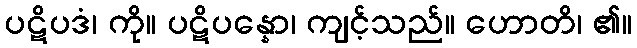
ပဋိပဒံ၊ ကို။ ပဋိပန္နော၊ ကျင့်သည်။ ဟောတိ၊ ၏။